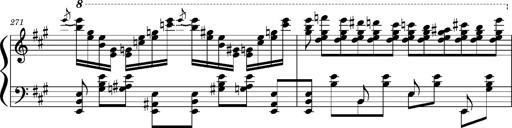
Title: Concerto sans orchestre, S.524a
Composer: Franz Liszt
Key: A major